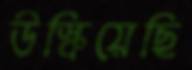
উস্‌কিয়েছি